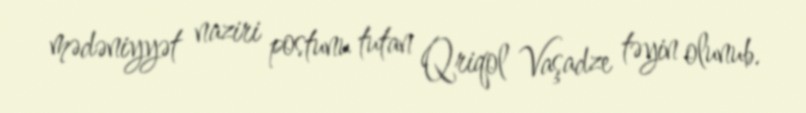
mədəniyyət naziri postunu tutan Qriqol Vaşadze təyin olunub.